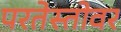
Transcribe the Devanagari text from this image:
परतेस्तोवर